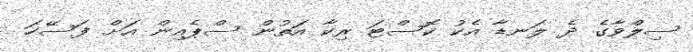
ސިލްވާގެ ދެ ލަނޑާ އެކު ކޮސްޓަ ރިކާ އަތުން ސްޕެއިން އަށް ފަސޭހަ